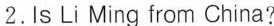
2.Is Li Ming from China?